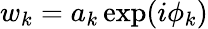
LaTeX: w_{k}=a_{k}\exp(i\phi_{k})